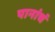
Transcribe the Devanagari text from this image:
पानांचं